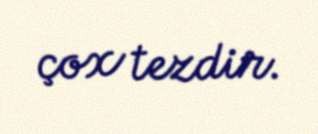
çox tezdir.